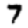
Digit: 7